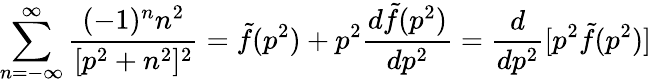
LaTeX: \sum_{n=-\infty}^{\infty}{\frac{(-1)^{n}n^{2}}{[p^{2}+n^{2}]^{2}}}={\tilde{f}}(p^{2})+p^{2}{\frac{d{\tilde{f}}(p^{2})}{dp^{2}}}={\frac{d}{dp^{2}}}[p^{2}{\tilde{f}}(p^{2})]